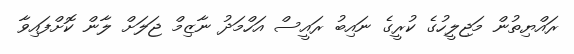
ރައްޔިތުން މަޖިލީހުގެ ކުރީގެ ނައިބު ރައީސް އަހްމަދު ނާޒިމް ޖަލަށް ލާން ކޮށްފައިވާ